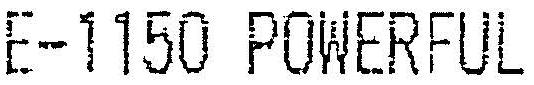
E-1150 POWERFUL